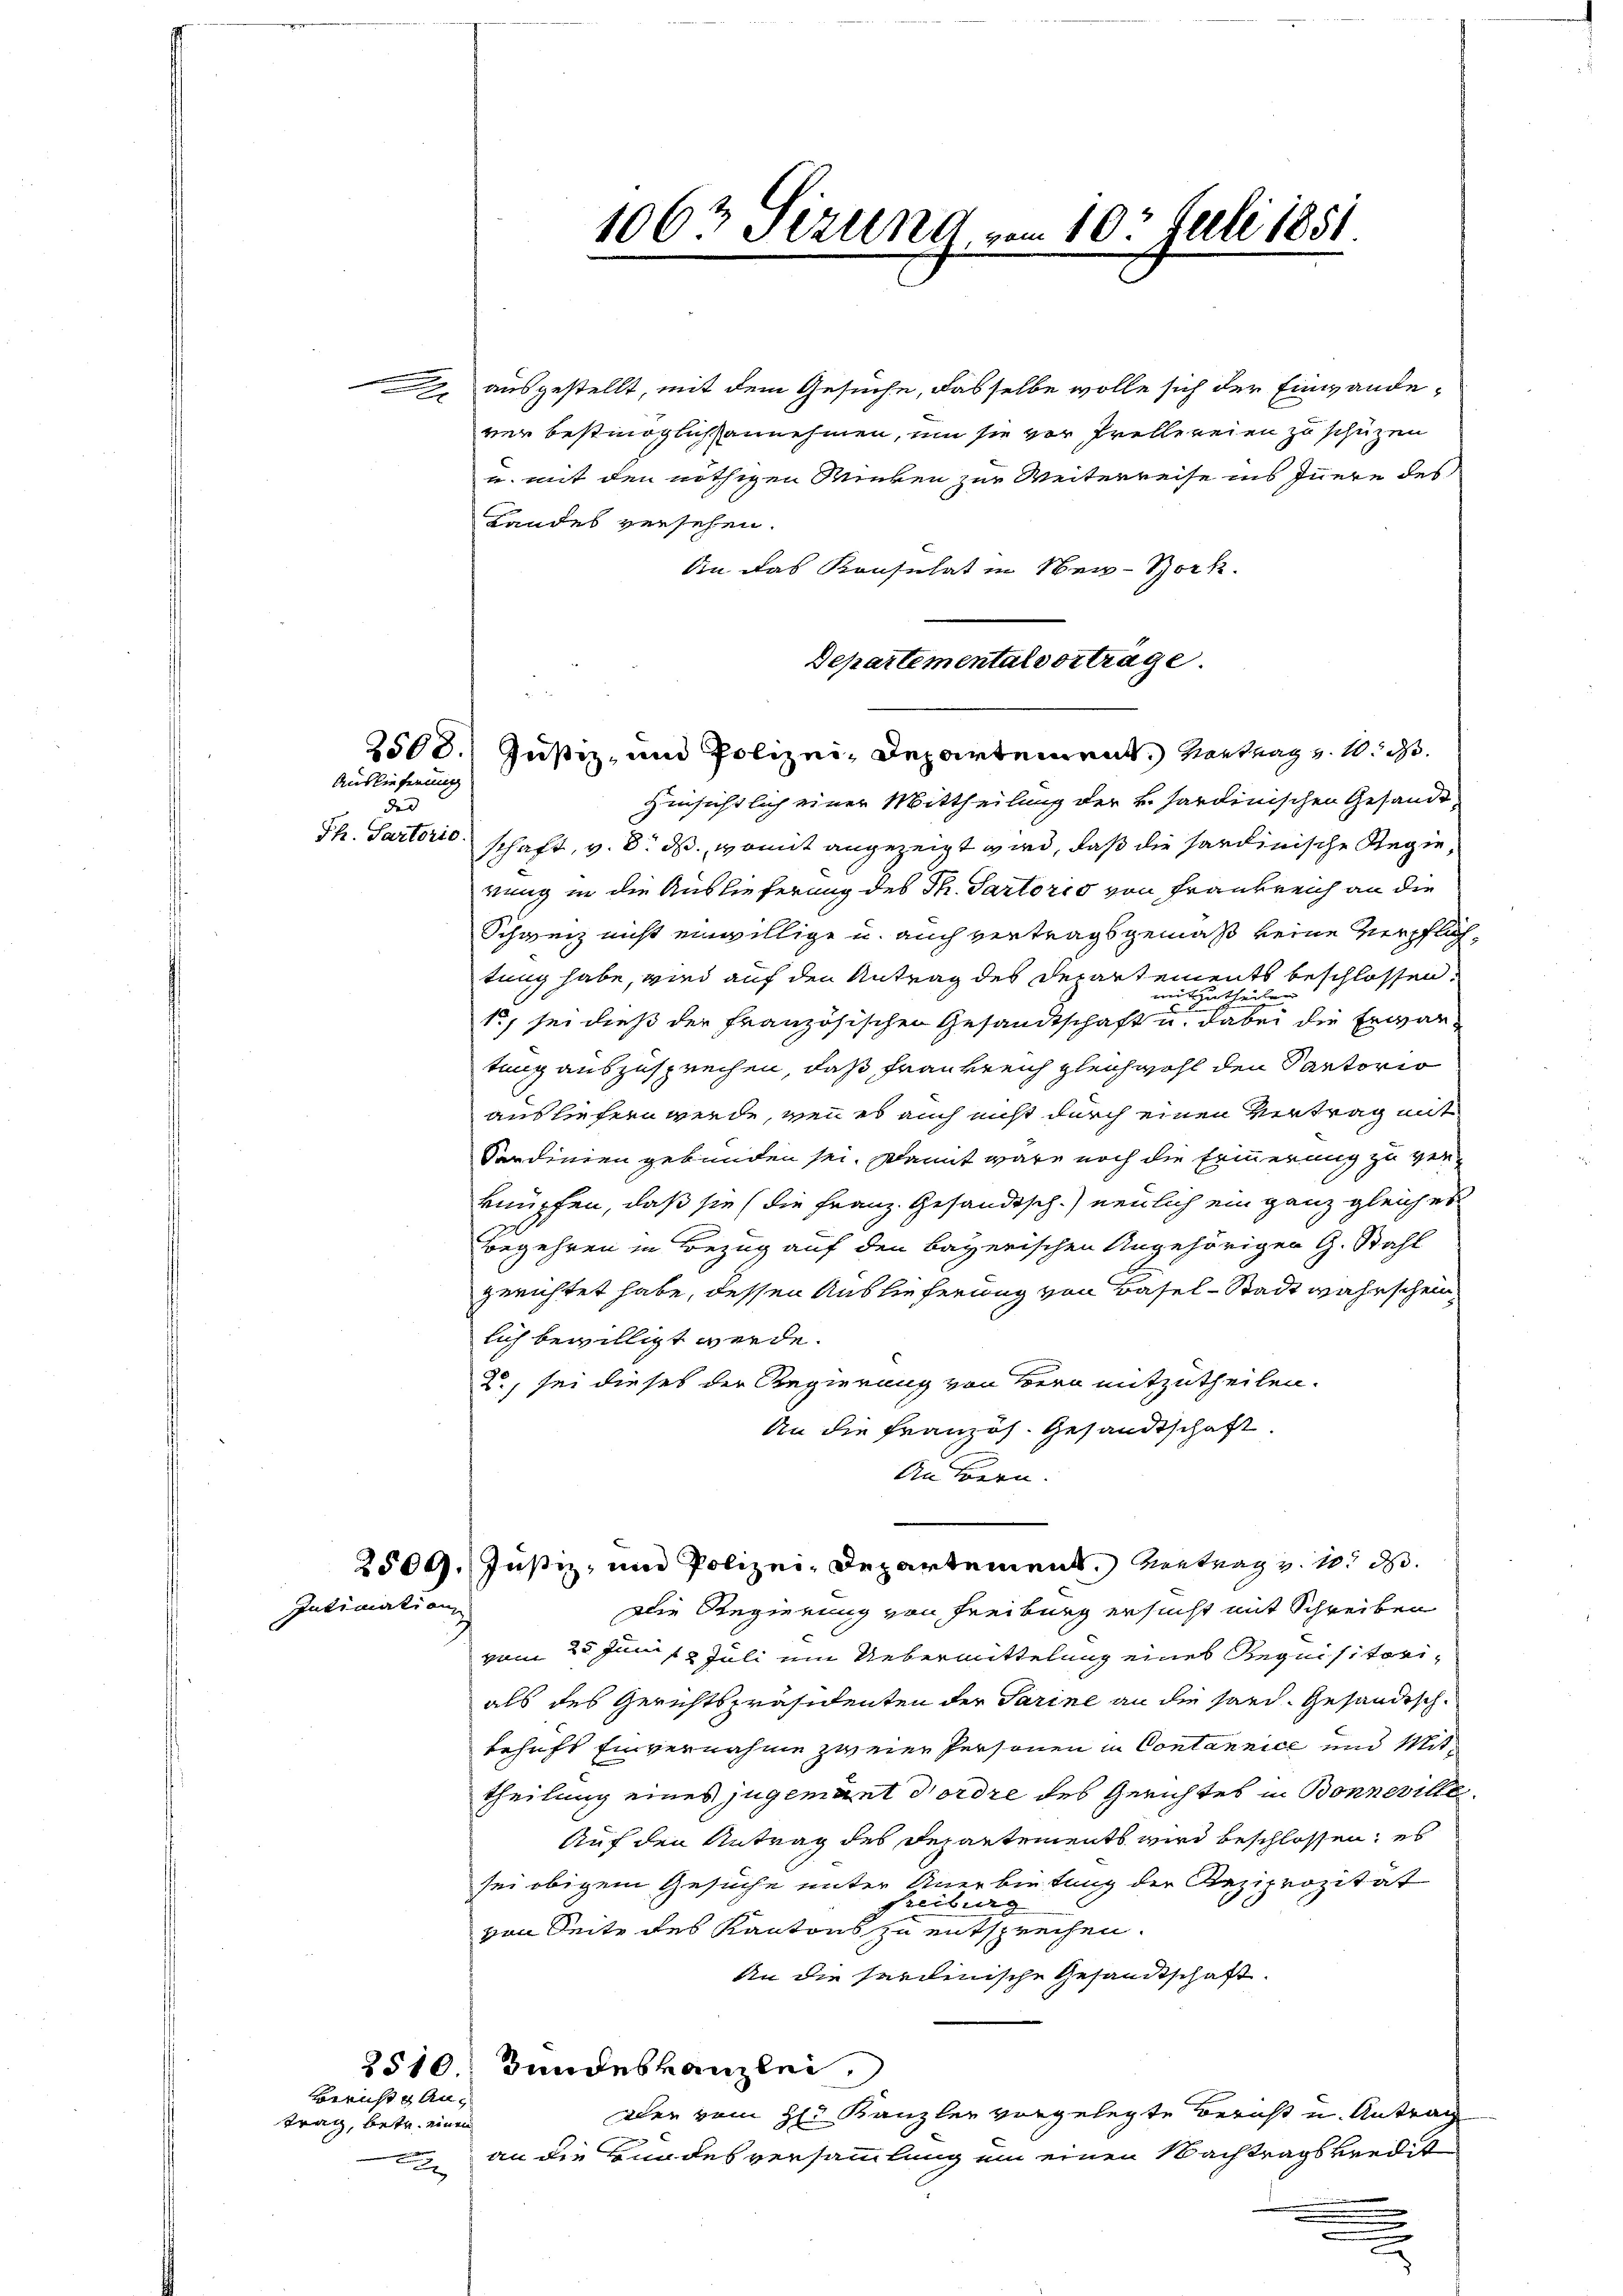
.

Intimation

2508.

Auslieferung
der |
Ph. Sartorio

Bericht gantrag, betr. einen

ausgestellt, mit dem Gesuche, dasselbe wolle sich der Einwandever bestmöglichsannehmen, um sie vor Prellereien zu schützen
u. mit den nöthigen Winken zur Weiterreise ins Innere des
Landes versehen.
din das Konsulat in New-York.
Departemental vortrage.
Justiz, und Polizei Departement, Vortrag v. 10. d.
Hinsichtlich einer Mittheilung der v. Sardinischen Gesandtschaft, v. 8. ds., womit angezeigt wird, daß die hardinische Regie
rung in die Auslieferung des Th. Partoris von Frankreich an die
Schweiz nicht einwillige u. auch vertragsgemäß keine verpflich
tung habe, wird auf den Antrag des Departements beschlossen:
mitzu
heiten
15, sei dieß der französischen Gesandtschaft u. dabei die Erwartung auszusprechen, daß Frankreich gleichwohl den Pantorio
ausliefern werde, wenn es auch nicht durch einen Vertrag mit
Sardinien gebunden sei. Damit wäre noch die Erinnerung zu verknüpfen, daß sie (die Franz. Gesandtsch.) neulich ein ganz gleiches
Begehren in Bezug auf den bayerischen Angehörigen G. Stahl
gerichtet habe, dessen Auslieferweg von Basel-Stadt wahrschein
lich bewilligt werde.
2, sei dieses der Regierung von Bern mitzutheilen.
An die Französ. Gesandtschaft.
An Bern.
2509. Justiz- und Polizei-Departement. Vortrag v. 105 d.
Die Regierung von Freiburg ersucht mit Schreiben
vom 25. Jun 12 Juli um Uebermittelung eines Requisitorials des Gerichtspräsidenten der Parine an die sond. Gesandtschbehufs Einvernahme zweier Personen in Contannice und Mittheilung eines jugement Nordre des Gerichtes in Bonnerie
Auf den Antrag des Departements wird beschlossen, es
sei obigem Gesuche unter Anerbietung der Reziprozitat
Freiburg
von Seite des Kantons zu entsprechen.
An die Ferdinische Gesandtschaft.
2510 Bundeskanzlei.
Den vom H. Kanzler vorgelegte Bericht u. Antrag
an die Bundesversammlung ein einen Nachtragskredit
e
e
.
n

1062 Sizung vom 10. Juli 1851